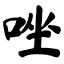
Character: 唑